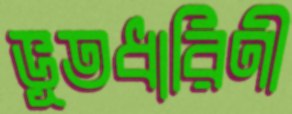
ভূতধারিণী